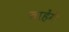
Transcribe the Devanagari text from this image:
चाहेंगें